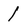
Character: 1